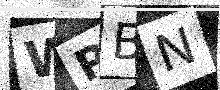
Text: WPBN